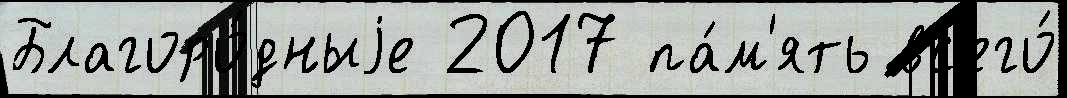
Благоро́дныjе 2017 па́м'ять вс'его́